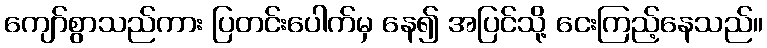
ကျော်စွာသည်ကား ပြတင်းပေါက်မှ နေ၍ အပြင်သို့ ငေးကြည့်နေသည်။